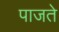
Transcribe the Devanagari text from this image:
पाजते